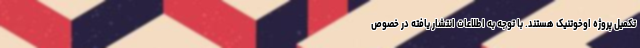
تکمیل پروژه اوخوتنیک هستند. با توجه به اطلاعات انتشار یافته در خصوص